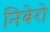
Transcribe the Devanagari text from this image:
निबेरो